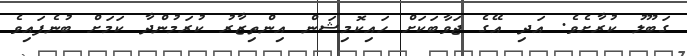
ގަބޫލު ކުރާށެވެ. އަދި އޭގެ ޖަވާބަކަށް ހައިކޮމިޝަން އިންތިޒާރު ކުރަމުންދާ ކަމަށް ބުނެފައިވެ